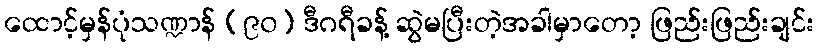
ထောင့်မှန်ပုံသဏ္ဍာန် (၉၀) ဒီဂရီခန့် ဆွဲမပြီးတဲ့အခါမှာတော့ ဖြည်းဖြည်းချင်း